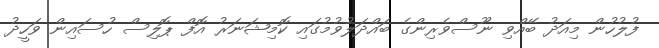
ފުލުހުން މިއަދު ބޭއްވި ނޫސްވެރިންގެ ބައްދަލުވުމުގައި ކޮމިޝަނަރު އޮފް ޕޮލިސް ހުސައިން ވަހީދު